Report of the Hyderabad Chloroform Commission
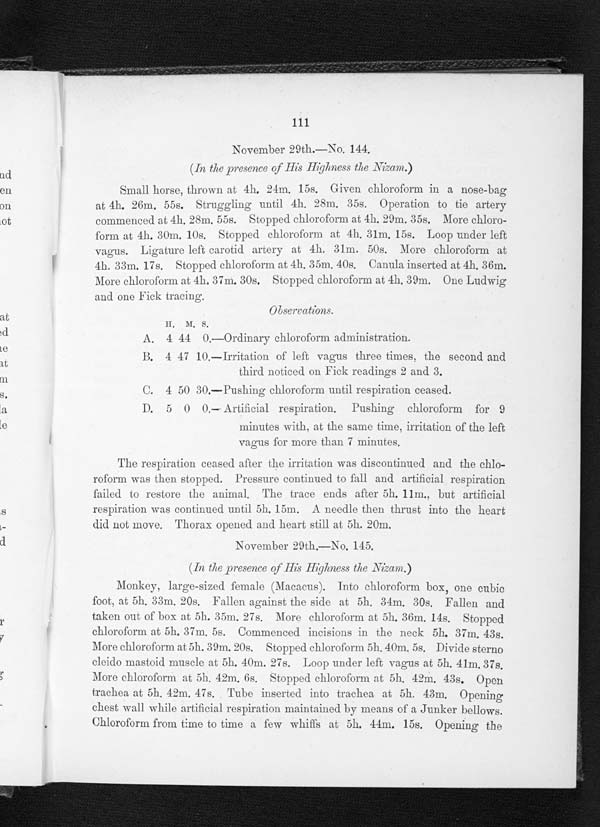
111
November 29th.—No. 144.
(In the presence of His Highness the Nizam.)
Small horse, thrown at 4h, 24m. 15s. Given chloroform in a nose-bag
at 4h. 26m. 55s. Struggling until 4h, 28m, 35s. Operation to tie artery
commenced at 4h. 28m. 55s. Stopped chloroform at 4h. 29m. 35s. More chloro-
form at 4h. 30m. 10s. Stopped chloroform at 4h. 31m. 15s. Loop under left
vagus. Ligature left carotid artery at 4h. 31m. 50s. More chloroform at
4h. 33m. 17s. Stopped chloroform at 4h. 35m. 40s. Canula inserted at 4h. 36m.
More chloroform at 4h. 37m. 30s. Stopped chloroform at 4h, 30m. One Ludwig
and one Fick tracing.
- -
H. M. s.
O b s e r v a t i o n s .
A.
4 44 0.
—Ordinary chloroform administration.
B. 4 47 10.
— I r r i t a t i o n o f l e f t
v a g u s
t h r e e t i m e s ,
t h e
s e c o n d a n d
third noticed on Fick readings 2 and 3.
C. 4 50 30 —Pushing chloroform until. respiration ceased.
P. 5 0 0. —Artificial respiration. Pushing chloroform for 9
minutes with, at the same tittle, irritation of the left
vagus for more than 7 minutes.
The respiration ceased after the irritation was discontinued and the chlo-
roform was then stopped. Pressure continued to fall and artificial respiration
failed to restore the animal. The trace ends after 5h. 11m., but artificial
respiration was continued until 5h. 15m. A needle then thrust into the heart
did not move. Thorax opened and heart still at 5h. 20m.
November 29th.—No. 145.
( In the presence of His Highness the Nizam.)
Monkey, large-sized female (Macacus). Into chloroform box, one cubic
foot, at 5h. 33m. 20s. Fallen against the side at 5h. 34m. 30s. Fallen and
taken out of box at 5h. 35m. 27s. More chloroform at 5h. 36m. 14s. Stopped
chloroform at 5h. 37m. 5s. Commenced incisions in the neck 5h. 37m. 43s.
More chloroform at 5h. 30m. 20s. Stopped chloroform 5h. 40m. 5s. Divide stereo
cleido mastoid muscle at 5h. 40m. 27s. Loop under left vagus at 5h. 41m. 37s
. Move chloroform at 5h. 42m. 6s. Stopped chloroform. at 5h. 42m. 43s. Open
trachea at 5h. 42m. 47s. Tube inserted into trachea at 5h. 43m. Opening
chest wall while artificial. respiration maintained by means of a Junker bellows.
Chloroform from time to time a few whiffs at 5h. 44m. 15s. Opening the